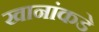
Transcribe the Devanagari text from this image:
खानांकडे